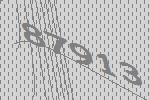
87913